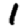
Digit: 1